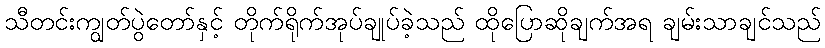
သီတင်းကျွတ်ပွဲတော်နှင့် တိုက်ရိုက်အုပ်ချုပ်ခဲ့သည် ထိုပြောဆိုချက်အရ ချမ်းသာချင်သည်